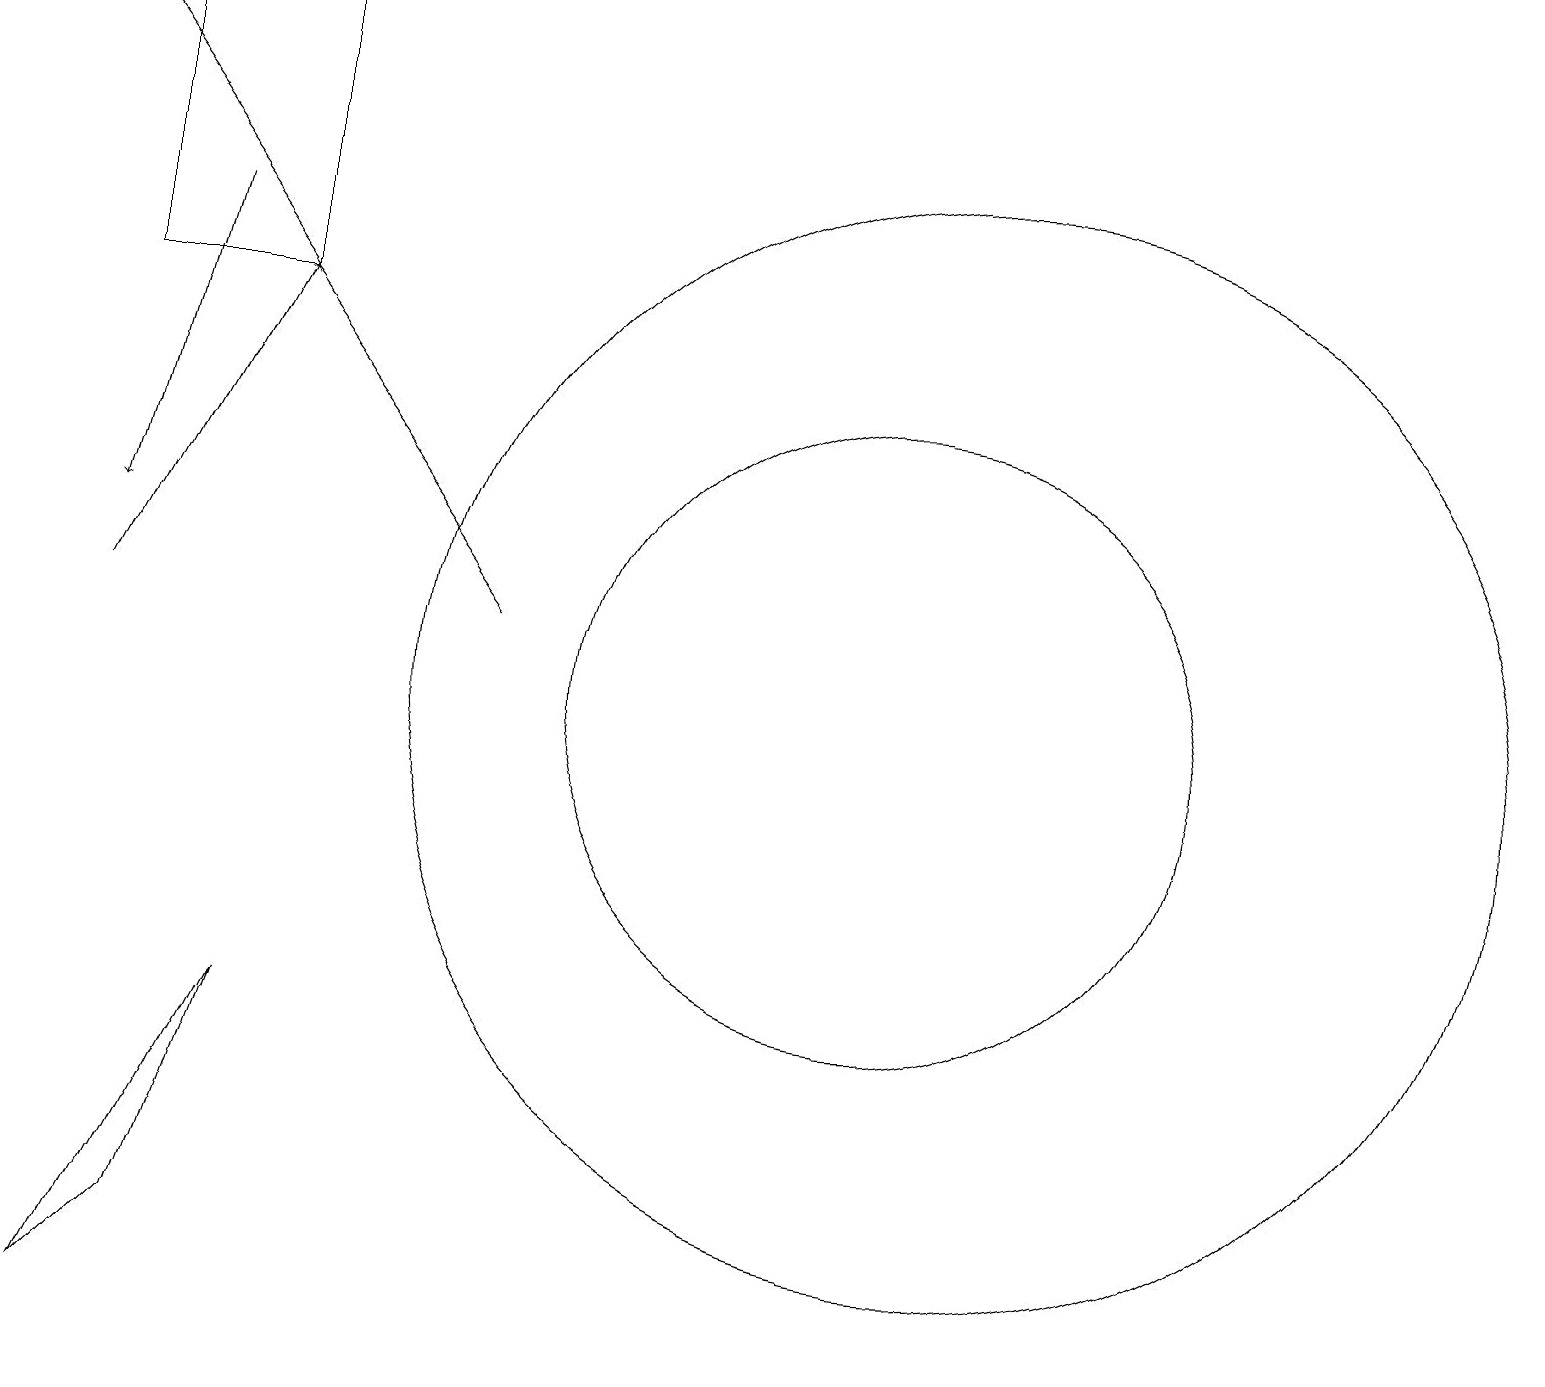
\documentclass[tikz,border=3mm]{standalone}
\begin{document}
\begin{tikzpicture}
\draw[->] (1,11) -- (3,15);
\draw (11,10) circle (4);
\draw (12,10) circle (7);
\draw (3,15) rectangle (1,19);
\draw (1,2) -- (3,6) -- (2,3) -- cycle;
\draw[->] (2,16) -- (1,12);
\draw[->] (6,11) -- (0,19);
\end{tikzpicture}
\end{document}